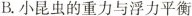
B.小昆虫的重力与浮力平衡